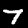
Digit: 7